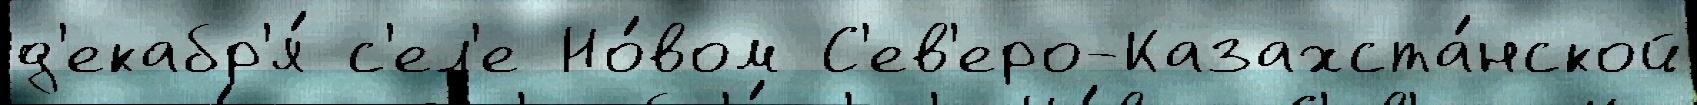
д'екабр'я́ с'ел'е Но́вом С'ев'еро-Казахста́нской